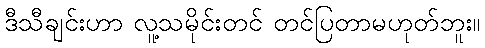
ဒီသီချင်းဟာ လူ့သမိုင်းတင် တင်ပြတာမဟုတ်ဘူး။